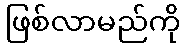
ဖြစ်လာမည်ကို